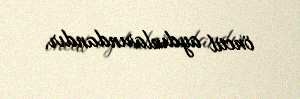
öncül aydınlarındandır.